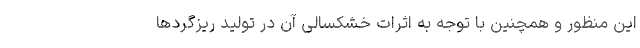
این منظور و همچنین با توجه به اثرات خشکسالی آن در تولید ریزگردها